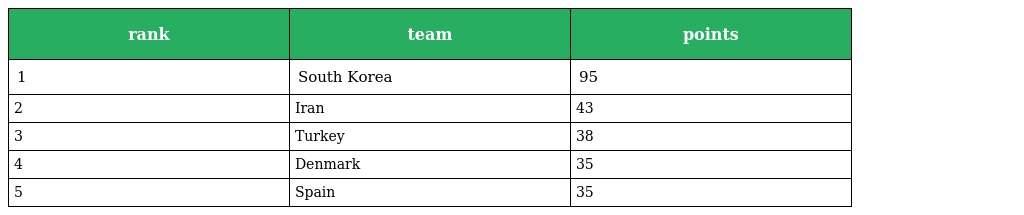
| rank | team | points |
 | --- | --- | --- |
 | 1 | South Korea | 95 |
 | 2 | Iran | 43 |
 | 3 | Turkey | 38 |
 | 4 | Denmark | 35 |
 | 5 | Spain | 35 |